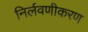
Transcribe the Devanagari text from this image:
निर्लवणीकरण